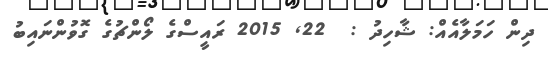
ދިން ހަމަލާއެއް: ޝާހިދު :  22